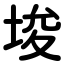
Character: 埈